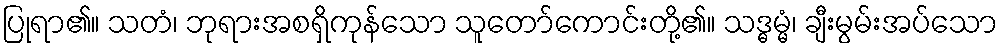
ပြုရာ၏။ သတံ၊ ဘုရားအစရှိကုန်သော သူတော်ကောင်းတို့၏။ သဒ္ဓမ္မံ၊ ချီးမွမ်းအပ်သော